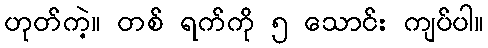
ဟုတ်ကဲ့။ တစ် ရက်ကို ၅ သောင်း ကျပ်ပါ။